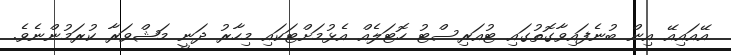
އޭއައިއޭ އިން ބުނެފައިވާގޮތުގައި ޓުއަރިސްޓު ހޮޓަލެއް އެޅުމަށްޓަކައި މިހާރު ދަނީ މަޝްވަރާ ކުރަމުންނެވެ.